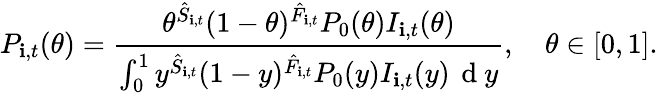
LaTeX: P_{\mathbf{i},t}(\theta)=\frac{{\theta^{\hat{{S}}_{\mathbf{i},t}}(1-\theta)^{\hat{{F}}_{\mathbf{i},t}}P_{0}(\theta)I_{\mathbf{i},t}(\theta)}}{{\int_{0}^{1}y^{\hat{{S}}_{\mathbf{i},t}}(1-y)^{\hat{{F}}_{\mathbf{i},t}}P_{0}(y)I_{\mathbf{i},t}(y)\, \mathrm{{~d~}}y}},\quad\theta\in[0,1].